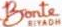
Bronte